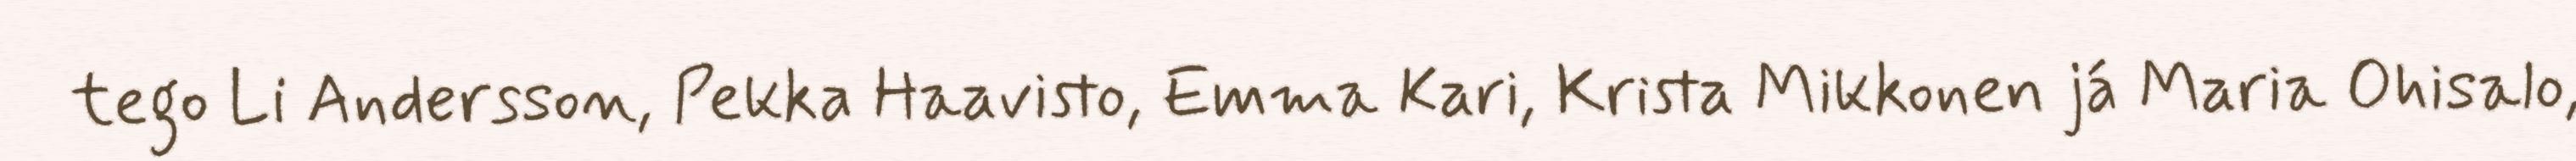
tego Li Andersson, Pekka Haavisto, Emma Kari, Krista Mikkonen já Maria Ohisalo,